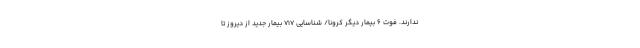
ندارند. فوت ۶ بیمار دیگر کرونا/ شناسایی ۷۱۷ بیمار جدید از دیروز تا